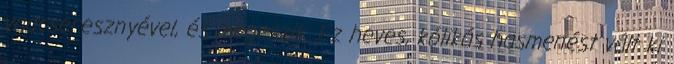
vadcseresznyével, és megeszik. Ez heves, kólikás hasmenést vált ki